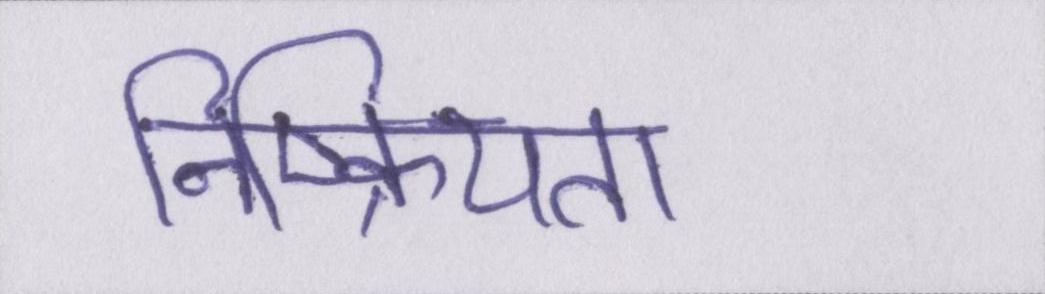
निष्क्रियता